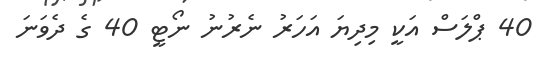
40 ޕްލަސް އަކީ މިދިޔަ އަހަރު ނެރުނު ނޯޓީ 40 ގެ ދެވަނަ